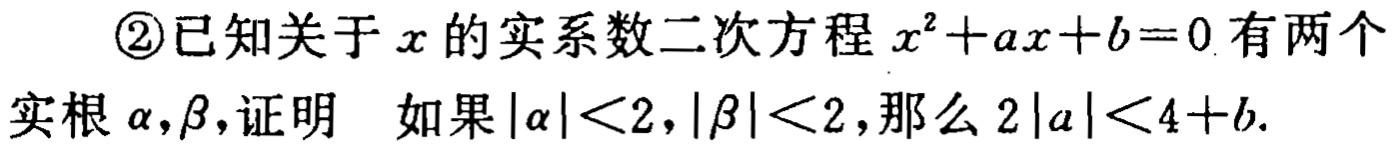
\textcircled{2}已知关于\(x\)的实系数二次方程\(x^{2}+ax + b = 0\)有两个

实根\(\alpha,\beta\)，证明 如果\(|\alpha|\lt2\)，\(|\beta|\lt2\)，那么\(2|a|\lt4 + b\).